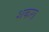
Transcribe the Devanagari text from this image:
शकरा